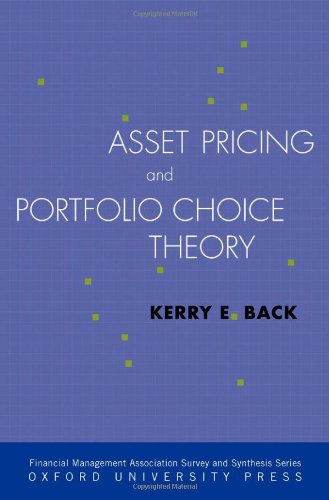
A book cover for Asset Pricing and Portfolio Choice Theory (Financial Management Association Survey and Synthesis); Kerry Back; Business & Money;